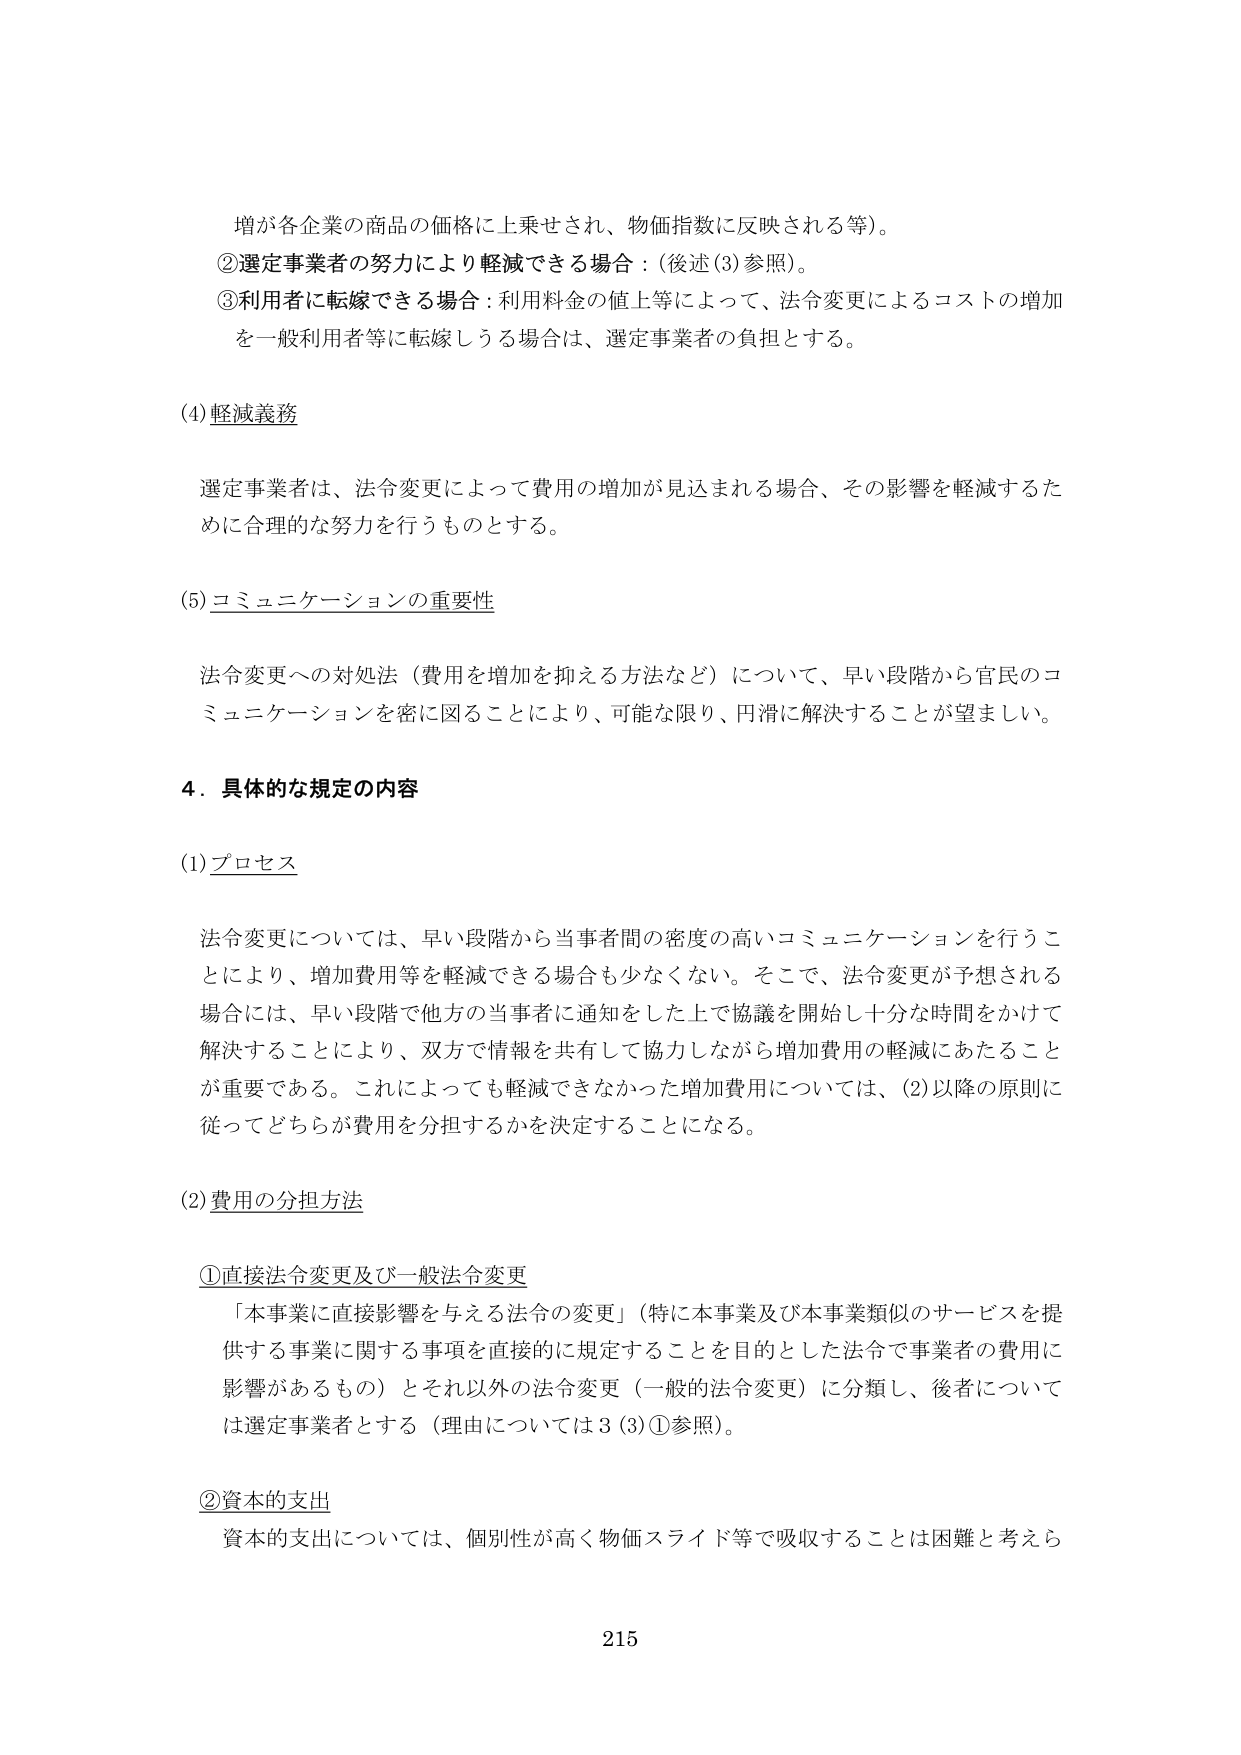
増が各企業の商品の価格に上乗せされ、物価指数に反映される等）。

②選定事業者の努力により軽減できる場合：（後述(3)参照）。

③利用者に転嫁できる場合：利用料金の値上等によって、法令変更によるコストの増加を一般利用者等に転嫁しうる場合は、選定事業者の負担とする。

(4) 軽減義務

選定事業者は、法令変更によって費用の増加が見込まれる場合、その影響を軽減するために合理的な努力を行うものとする。

(5) コミュニケーションの重要性

法令変更への対処法（費用を増加を抑える方法など）について、早い段階から官民のコミュニケーションを密に図ることにより、可能な限り、円滑に解決することが望ましい。

4．具体的な規定の内容

(1) プロセス

法令変更については、早い段階から当事者間の密度の高いコミュニケーションを行うことにより、増加費用等を軽減できる場合も少なくない。そこで、法令変更が予想される場合には、早い段階で他方の当事者に通知をした上で協議を開始し十分な時間をかけて解決することにより、双方で情報を共有して協力しながら増加費用の軽減にあたることが重要である。これによっても軽減できなかった増加費用については、(2)以降の原則に従ってどちらが費用を分担するかを決定することになる。

(2) 費用の分担方法

①直接法令変更及び一般法令変更

「本事業に直接影響を与える法令の変更」（特に本事業及び本事業類似のサービスを提供する事業に関する事項を直接的に規定することを目的とした法令で事業者の費用に影響があるもの）とそれ以外の法令変更（一般的法令変更）に分類し、後者については選定事業者とする（理由については3(3)①参照）。

②資本的支出

資本的支出については、個別性が高く物価スライド等で吸収することは困難と考えら

215